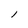
Character: l